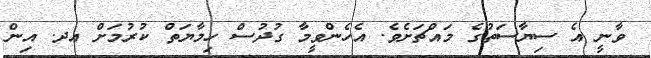
ވާނީ އެ ސިޔާސަތުގެ މައްޗަށެވެ. އެހެންވީމާ ގުދުސް ހިމާޔަތް ކުރުމަށް އދ. އިން